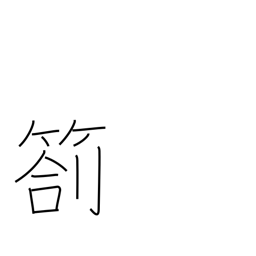
Meaning: progress report